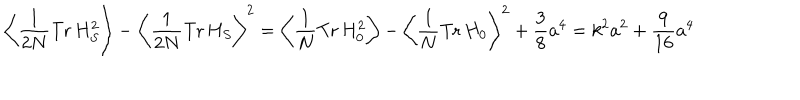
\left\langle \frac { 1 } { 2 N } \mathrm { T r } \, H _ { S } ^ { 2 } \right\rangle - \left\langle \frac { 1 } { 2 N } \mathrm { T r } \, H _ { S } \right\rangle ^ { 2 } = \left\langle \frac { 1 } { N } \mathrm { T r } \, H _ { 0 } ^ { 2 } \right\rangle - \left\langle \frac { 1 } { N } \mathrm { T r } \, H _ { 0 } \right\rangle ^ { 2 } + \frac { 3 } { 8 } a ^ { 4 } = k ^ { 2 } a ^ { 2 } + \frac { 9 } { 1 6 } a ^ { 4 }